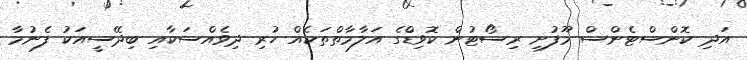
އަދި ކޮންސްޓެންސް މޫފުށި ރިސޯޓުން ކޮވިޑްގެ އަލާމާތްތަކެއް ހުރި ދިވެއްސަކާއި ބިދޭސީއަކު ފެނުމާ